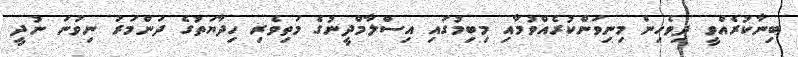
ބިނާކުރެއްވީ ދިވެހިން މިނިވަންކުރެއްވުމާއި މިބިމުގައި އިސްލާމްދީނުގެ މަތިވެރި ހިދާޔަތުގެ ދަންމަރު ނިވުނަ ނުދީ